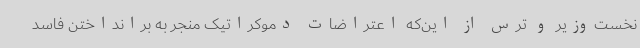
نخست‌وزیر و ترس از این‌که اعتراضات دموکراتیک منجر به برانداختن فاسد